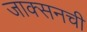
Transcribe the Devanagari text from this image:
जाक्सनची